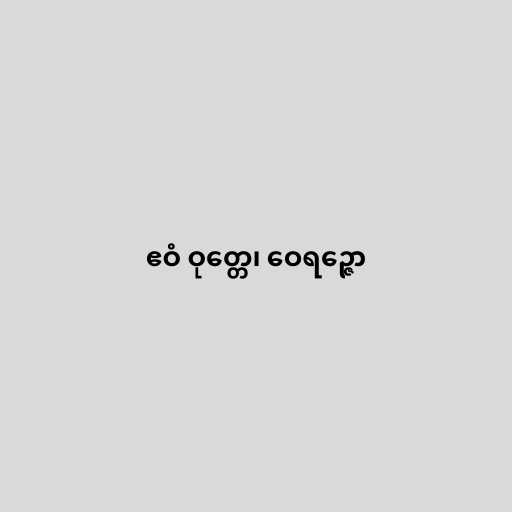
ဧဝံ ဝုတ္တေ၊ ဝေရဉ္ဇော